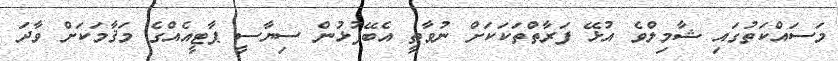
މަސައްކަތުގައި ޝާމިލްވެ އުޅޭ ފަރާތްތަކަކަށް ނުވާތީ އެބޭފުޅުން ސިޔާސީ ޕާޓީއެއްގެ މަޤާމަކަށް ވާދަ